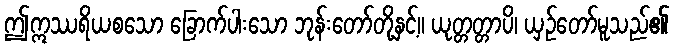
ဤဣဿရိယစသော ခြောက်ပါးသော ဘုန်းတော်တို့နှင့်။ ယုတ္တတ္တာပိ၊ ယှဉ်တော်မူသည်၏